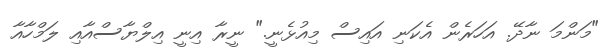
"މަންމަ ނާދޭ. އަހަރެން އެކަނި އައިސް މިއުޅެނީ." ނީރާ އިނީ އިލްޔާސްއާއި ލަމްހާއާ